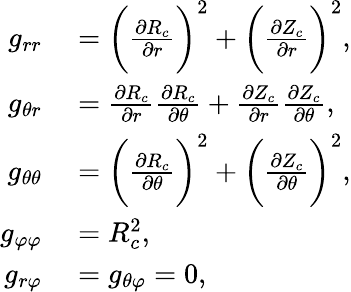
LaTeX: \begin{array}{rl}{g_{rr}}&{{}=\bigg(\frac{\partial R_{c}}{\partial r}\bigg)^{2}+\bigg(\frac{\partial Z_{c}}{\partial r}\bigg)^{2},}\\ {g_{\theta r}}&{{}=\frac{\partial R_{c}}{\partial r}\frac{\partial R_{c}}{\partial\theta}+\frac{\partial Z_{c}}{\partial r}\frac{\partial Z_{c}}{\partial\theta},}\\ {g_{\theta\theta}}&{{}=\bigg(\frac{\partial R_{c}}{\partial\theta}\bigg)^{2}+\bigg(\frac{\partial Z_{c}}{\partial\theta}\bigg)^{2},}\\ {g_{\varphi\varphi}}&{{}=R_{c}^{2},}\\ {g_{r\varphi}}&{{}=g_{\theta\varphi}=0,}\end{array}